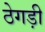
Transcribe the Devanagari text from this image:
ठेगड़ी